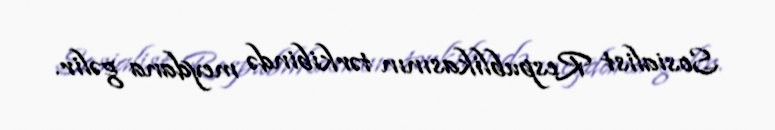
Sosialist Respublikasının tərkibində meydana gəlir.